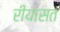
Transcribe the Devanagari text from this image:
रीयासत